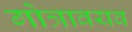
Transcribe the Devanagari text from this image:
गोत्रावयव